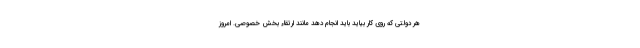
هر دولتی که روی کار بیاید باید انجام دهد مانند ارتقاء بخش خصوصی. امروز